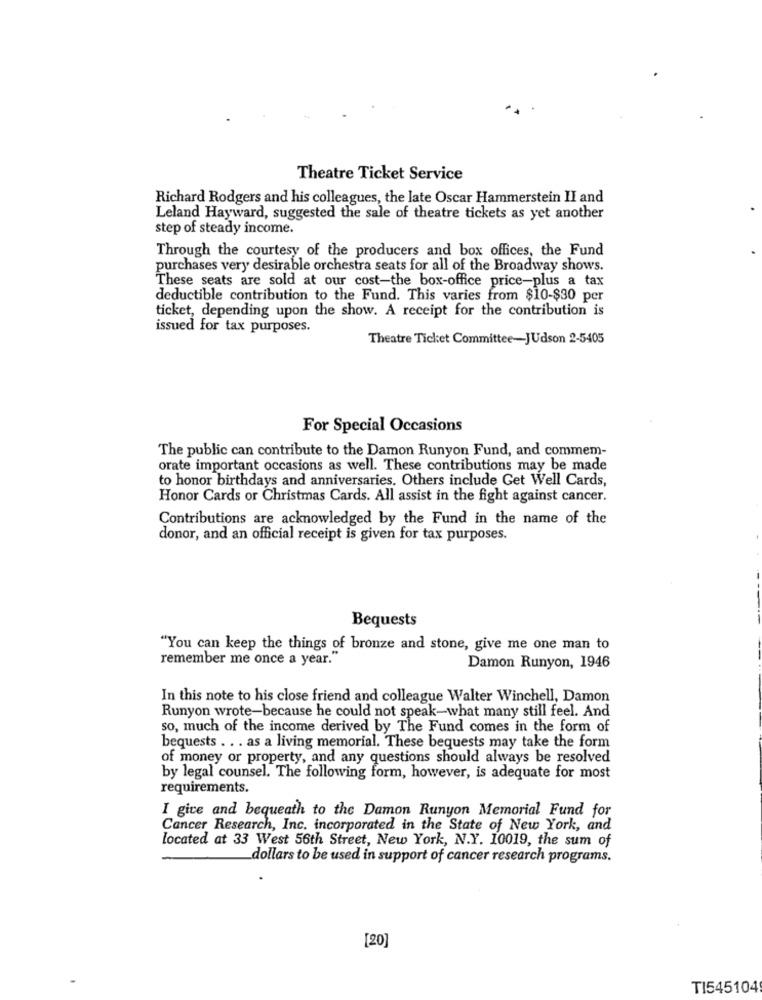
Theatre Ticket Service
Richard Rodgers and his colleagues, the late Oscar Hammerstein II and
Leland Hayward, suggested the sale of theatre tickets as yet another
step of steady income.
Through the courtesy of the producers and box offices, the Fund
purchases very desirable orchestra seats for all of the Broadway shows.
These seats are sold at our cost-the box-office price-plus a tax
deductible contribution to the Fund. This varies from $10-$30 per
ticket, depending upon the show. A receipt for the contribution is
issued for tax purposes.
Theatre Ticket Committee-JUdson 2-5405
For Special Occasions
The public can contribute to the Damon Runyon Fund, and commem-
orate important occasions as well. These contributions may be made
to honor birthdays and anniversaries. Others include Get Well Cards,
Honor Cards or Christmas Cards. All assist in the fight against cancer.
Contributions are acknowledged by the Fund in the name of the
donor, and an official receipt is given for tax purposes.
Bequests
"You can keep the things of bronze and stone, give me one man to
remember me once a year.
Damon Runyon, 1946
In this note to his close friend and colleague Walter Winchell, Damon
Runyon wrote-because he could not speak-what many still feel. And
so, much of the income derived by The Fund comes in the form of
bequests . . . as a living memorial. These bequests may take the form
of money or property, and any questions should always be resolved
by legal counsel. The following form, however, is adequate for most
requirements.
I give and bequeath to the Damon Runyon Memorial Fund for
Cancer Research, Inc. incorporated in the State of New York, and
located at 33 West 56th Street, New York, N.Y. 10019, the sum of
dollars to be used in support of cancer research programs.
[20]
TI545104